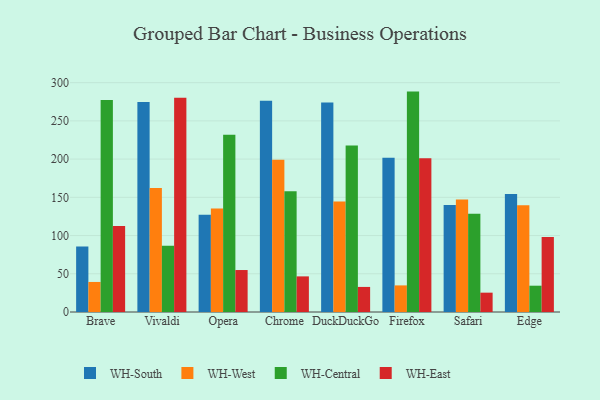
{"axis": {"x": "Browser", "y": "LTV (USD)"}, "legend": ["WH-Central", "WH-East", "WH-South", "WH-West"], "data": [{"x": "Brave", "y": 85.7, "type": "WH-South"}, {"x": "Brave", "y": 39.3, "type": "WH-West"}, {"x": "Brave", "y": 277.3, "type": "WH-Central"}, {"x": "Brave", "y": 112.4, "type": "WH-East"}, {"x": "Vivaldi", "y": 274.8, "type": "WH-South"}, {"x": "Vivaldi", "y": 162.2, "type": "WH-West"}, {"x": "Vivaldi", "y": 86.7, "type": "WH-Central"}, {"x": "Vivaldi", "y": 280.1, "type": "WH-East"}, {"x": "Opera", "y": 127.3, "type": "WH-South"}, {"x": "Opera", "y": 135.5, "type": "WH-West"}, {"x": "Opera", "y": 232.0, "type": "WH-Central"}, {"x": "Opera", "y": 54.9, "type": "WH-East"}, {"x": "Chrome", "y": 276.4, "type": "WH-South"}, {"x": "Chrome", "y": 199.3, "type": "WH-West"}, {"x": "Chrome", "y": 157.9, "type": "WH-Central"}, {"x": "Chrome", "y": 46.6, "type": "WH-East"}, {"x": "DuckDuckGo", "y": 274.2, "type": "WH-South"}, {"x": "DuckDuckGo", "y": 144.4, "type": "WH-West"}, {"x": "DuckDuckGo", "y": 217.7, "type": "WH-Central"}, {"x": "DuckDuckGo", "y": 32.8, "type": "WH-East"}, {"x": "Firefox", "y": 201.8, "type": "WH-South"}, {"x": "Firefox", "y": 34.8, "type": "WH-West"}, {"x": "Firefox", "y": 288.3, "type": "WH-Central"}, {"x": "Firefox", "y": 201.1, "type": "WH-East"}, {"x": "Safari", "y": 140.0, "type": "WH-South"}, {"x": "Safari", "y": 147.3, "type": "WH-West"}, {"x": "Safari", "y": 128.4, "type": "WH-Central"}, {"x": "Safari", "y": 25.3, "type": "WH-East"}, {"x": "Edge", "y": 154.5, "type": "WH-South"}, {"x": "Edge", "y": 139.7, "type": "WH-West"}, {"x": "Edge", "y": 34.4, "type": "WH-Central"}, {"x": "Edge", "y": 98.1, "type": "WH-East"}]}